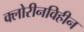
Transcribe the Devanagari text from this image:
क्लोरीनविहीन